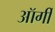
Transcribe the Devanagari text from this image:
ऑर्गी